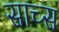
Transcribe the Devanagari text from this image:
साच्स